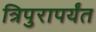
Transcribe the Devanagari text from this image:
त्रिपुरापर्यंत